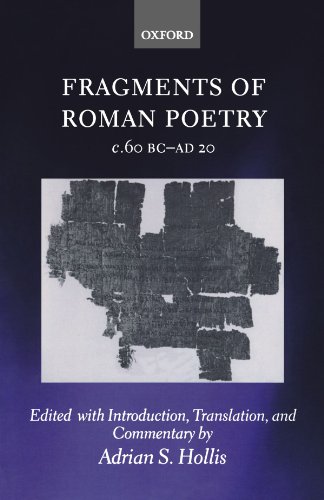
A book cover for Fragments of Roman Poetry c.60 BC-AD 20; Literature & Fiction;